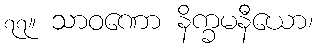
၇၇။ သာဝဏော နိက္ခမနီယော၊